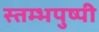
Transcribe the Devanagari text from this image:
स्तम्भपुष्पी